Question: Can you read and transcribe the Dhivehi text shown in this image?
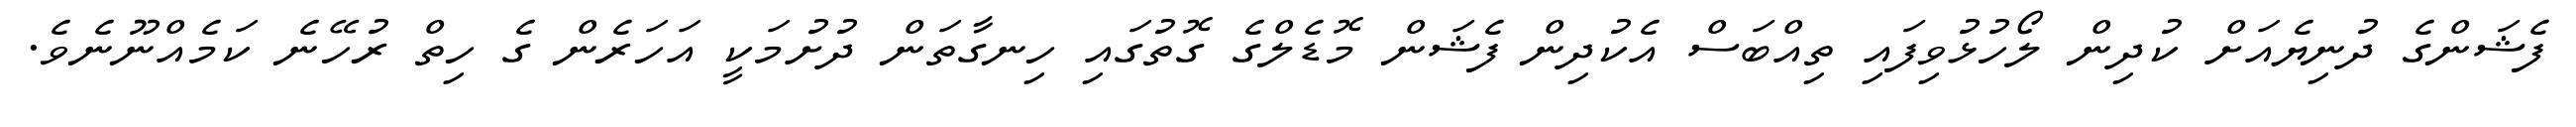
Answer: ފެޝަންގެ ދުނިޔެއަށް ކުދިން ލޯހުޅުވިފައި ތިއްބަސް އެކުދިން ފެޝަން މޮޑެލްގެ ގޮތުގައި ހިނގާތަން ދުށުމަކީ އަހަރެން ގެ ހިތް ރުހޭނެ ކަމެއްނޫނެވެ.